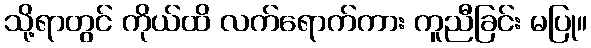
သို့ရာတွင် ကိုယ်ထိ လက်ရောက်ကား ကူညီခြင်း မပြု။